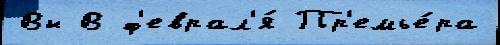
Вы В ф'еврал'я́ Пр'емье́ра